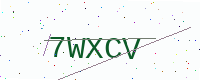
Text: 7WXCV